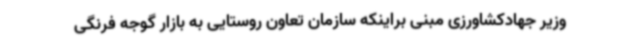
وزیر جهادکشاورزی مبنی براینکه سازمان تعاون روستایی به بازار گوجه فرنگی